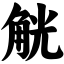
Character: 觥